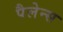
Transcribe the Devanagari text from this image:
पैलेन्स